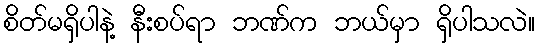
စိတ်မရှိပါနဲ့ နီးစပ်ရာ ဘဏ်က ဘယ်မှာ ရှိပါသလဲ။